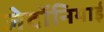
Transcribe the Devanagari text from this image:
जेर्दोनियाई